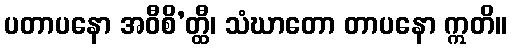
ပတာပနော အဝီစိ’တ္ထီ၊ သံဃာတော တာပနော ဣတိ။